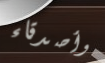
وأصدقاء